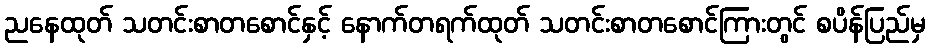
ညနေထုတ် သတင်းစာတစောင်နှင့် နောက်တရက်ထုတ် သတင်းစာတစောင်ကြားတွင် စပိန်ပြည်မှ